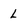
Character: L